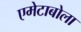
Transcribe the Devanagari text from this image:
एमेटाबोला